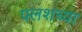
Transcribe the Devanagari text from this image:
फ्लशच्या